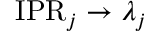
\mathrm { I P R } _ { j } \rightarrow \lambda _ { j }